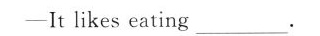
-It likes eating ___.